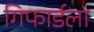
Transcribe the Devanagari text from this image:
गिफार्डला